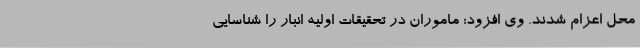
محل اعزام شدند. وی افزود: ماموران در تحقیقات اولیه انبار را شناسایی